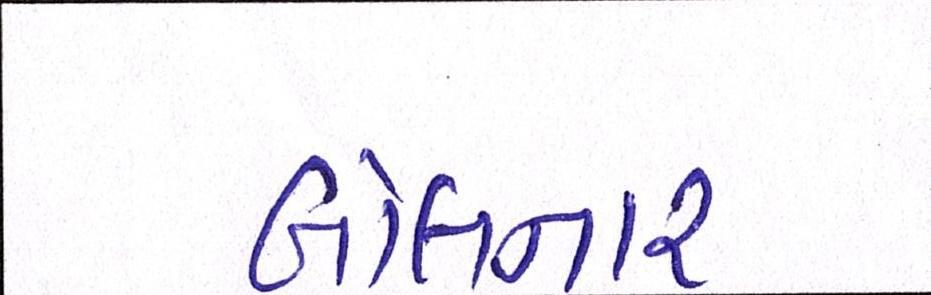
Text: બોલનાર